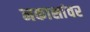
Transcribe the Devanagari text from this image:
नकाशांवर